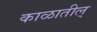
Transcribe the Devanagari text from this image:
काळातील्